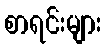
စာရင်းများ